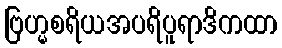
ဗြဟ္မစရိယအပရိပူရာဒိကထာ